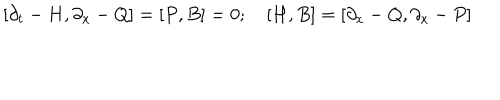
[ \partial _ { t } - H , \partial _ { x } - Q ] = [ P , B ] = 0 ; \quad [ H , B ] = [ \partial _ { x } - Q , \partial _ { x } - P ]